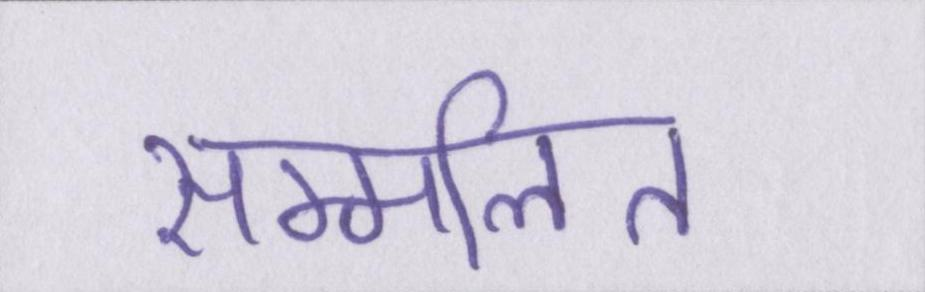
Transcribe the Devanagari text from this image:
सम्मलित